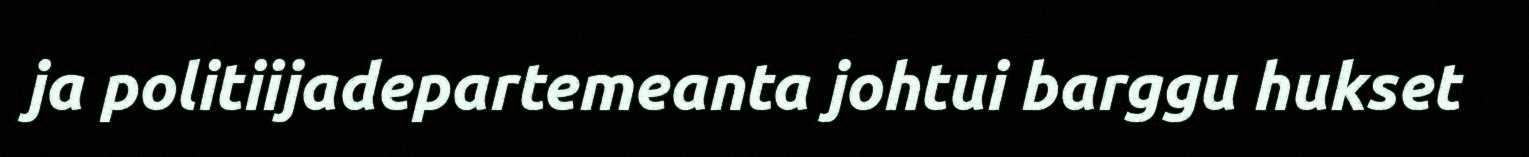
ja politiijadepartemeanta johtui barggu hukset